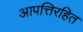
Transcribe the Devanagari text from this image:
आपत्तिरहित